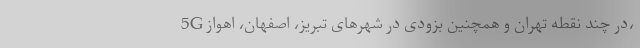
5G در چند نقطه تهران و همچنین بزودی در شهرهای تبریز، اصفهان، اهواز،